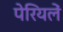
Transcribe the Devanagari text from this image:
पेरियलें